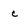
Character: c